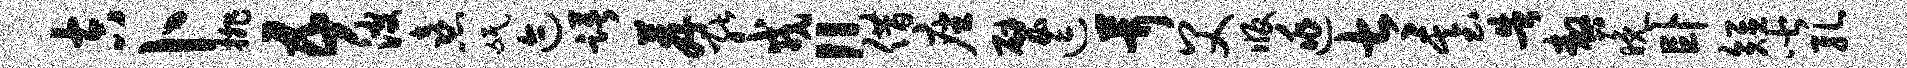
吉卜排五波熹氓迹躇荐能戎“借座甓逗茸父版逃太基告嗷晚卧短皆孔